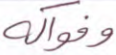
وفواكه